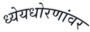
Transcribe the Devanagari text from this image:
ध्येयधोरणांवर